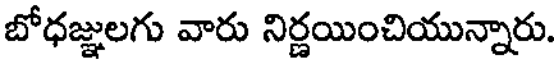
బోధజ్ఞులగు వారు నిర్ణయించియున్నారు.